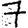
Digit: 7